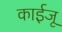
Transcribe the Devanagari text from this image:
काईजू